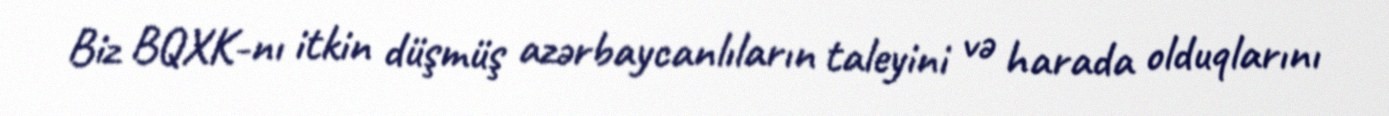
Biz BQXK-nı itkin düşmüş azərbaycanlıların taleyini və harada olduqlarını